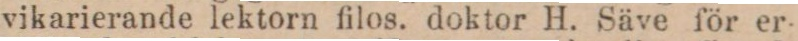
vikarierande lektorn filos. doktor H. Säve för er-